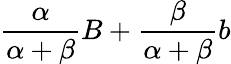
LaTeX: {\frac{\alpha}{\alpha+\beta}}B+{\frac{\beta}{\alpha+\beta}}b